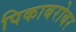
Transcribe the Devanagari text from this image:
पिकाबरोबर